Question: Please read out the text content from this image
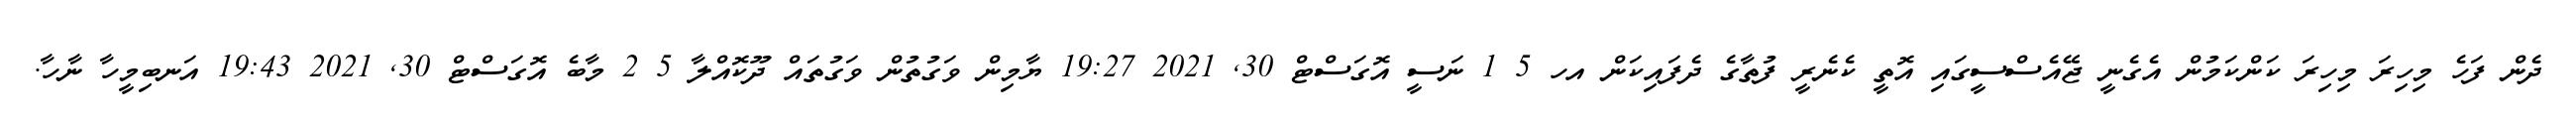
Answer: ދެން ފަހެ މިހިރަ މިހިރަ ކަންކަމުން އެގެނީ ޖޭއެސްސީގައި އޮތީ ކެނެރީ ފުތާގެ ދެފައިކަން އހ 5 1 ނަސީ އޮގަސްޓް 30, 2021 19:27 ޔާމިން ވަގުތުން ވަގުތައް ދޫކޮއްލާ 5 2 މާބެ އޮގަސްޓް 30, 2021 19:43 އަނބިމީހާ ނާހާ.